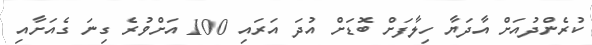
ކުރެންދުއަށް އާދަޔާ ހިލާފަށް ބޮޑަށް އުދަ އަރައި 100 އަށްވުރެ ގިނަ ގެއަށާއި